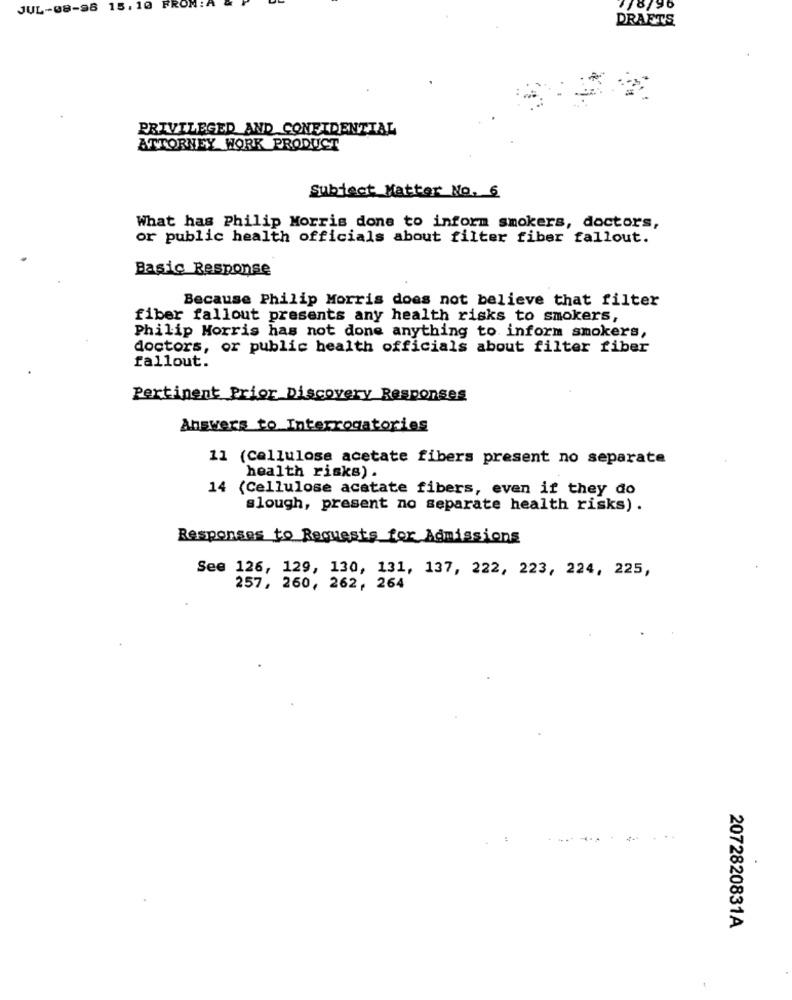
JUL-08-98 15. 10 FROM:
18/96
DRAFTS
PRIVILEGED AND CONFIDENTIAL
ATTORNEY WORK PRODUCT
Subject Matter No. 6
What has Philip Morris done to inform smokers, doctors,
or public health officials about filter fiber fallout.
Basic Response
Because Philip Morris does not believe that filter
fiber fallout presents any health risks to smokers,
Philip Morris has not done anything to inform smokers,
doctors, or public health officials about filter fiber
fallout.
Pertinent Prior Discovery Responses
Answers to Interrogatories
11 (Cellulose acetate fibers present no separate
health risks) .
14 (Cellulose acetate fibers, even if they do
slough, present no separate health risks).
Responses to Requests for Admissions
See 126, 129, 130, 131, 137, 222, 223, 224, 225,
257, 260, 262, 264
..
2072820831A